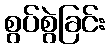
စွပ်စွဲခြင်း